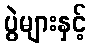
ပွဲများနှင့်